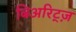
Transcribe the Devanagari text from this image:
बिअरिट्ज़